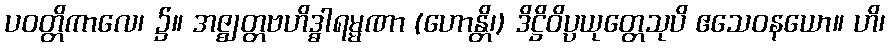
ပဝတ္တိကာလေ၊ ၌။ အဇ္ဈတ္တဗဟိဒ္ဓါရမ္မဏာ (ဟောန္တိ၊) ဒိဋ္ဌိဝိပ္ပယုတ္တေသုပိ ဧသေဝနယော။ ဟိ၊